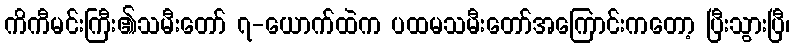
ကိကီမင်းကြီး၏သမီးတော် ၇-ယောက်ထဲက ပထမသမီးတော်အကြောင်းကတော့ ပြီးသွားပြီ၊